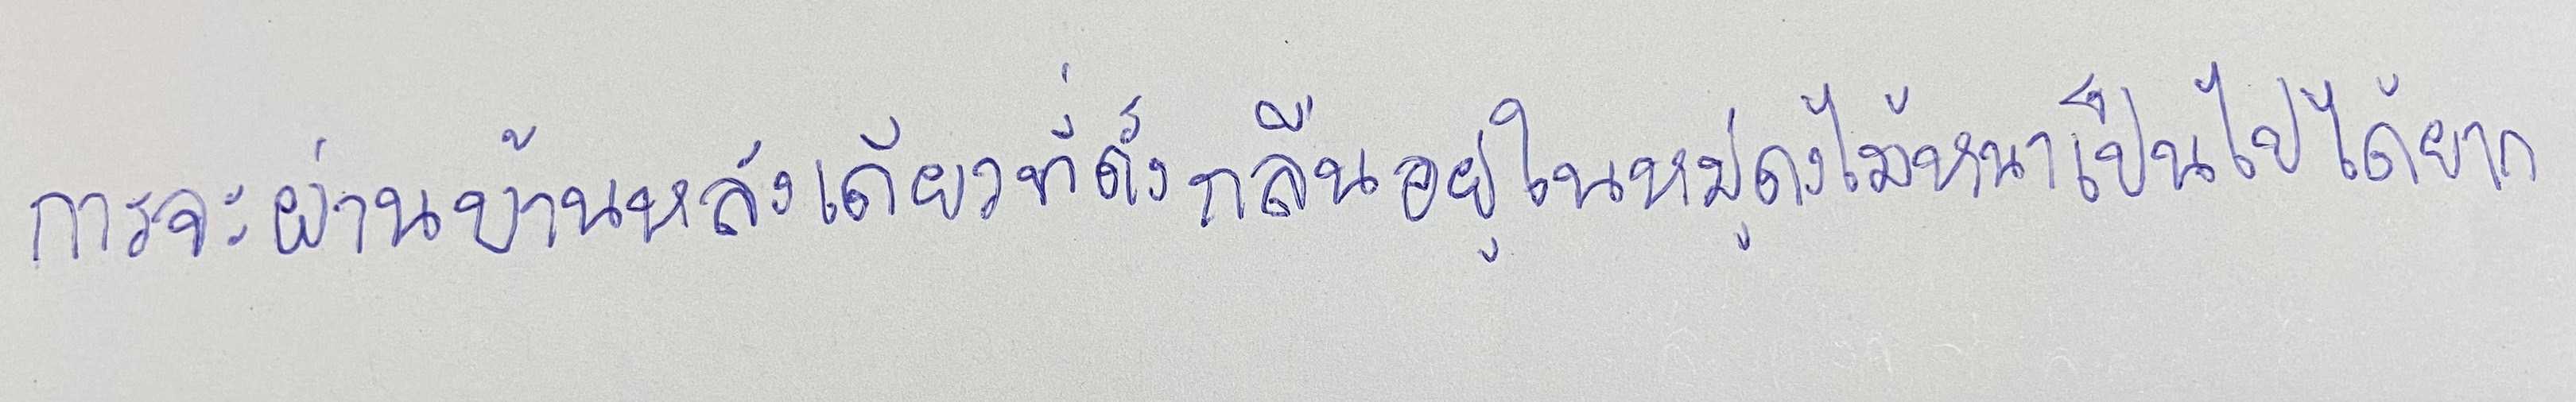
การจะผ่านบ้านหลังเดียวที่ตั้งกลืนอยู่ในหมู่ดงไม้หนาเป็นไปได้ยาก